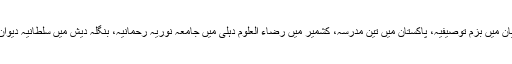
مولانا توصیف رضا نے جاپان میں بزم توصیفیہ، پاکستان میں تین مدرسہ، کشمیر میں رضاء العلوم دہلی میں جامعہ نوریہ رحمانیہ، بنگلہ دیش میں سلطانیہ دیوان مسلم یتیم خانہ قائم فرمائے۔